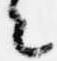
々